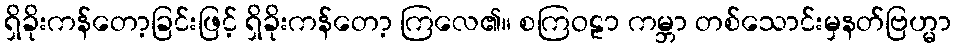
ရှိခိုးကန်တော့ခြင်းဖြင့် ရှိခိုးကန်တော့ ကြလေ၏။ စကြဝဠာ ကမ္ဘာ တစ်သောင်းမှနတ်ဗြဟ္မာ